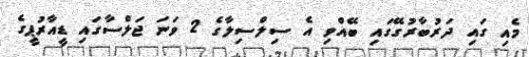
މެއި ގައި ދަރުބާރުގޭގައި ބޭއްވި އެ ސިލްސިލާގެ 2 ވަނަ ޖަލްސާގައި ޑީއާރުޕީގެ